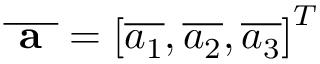
\overline { { \textbf { a } } } = \left[ \overline { { a _ { 1 } } } , \overline { { a _ { 2 } } } , \overline { { a _ { 3 } } } \right] ^ { T }